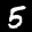
Label: 5